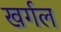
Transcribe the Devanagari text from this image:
खर्गल